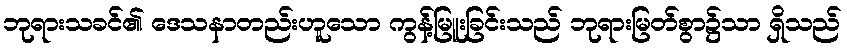
ဘုရားသခင်၏ ဒေသနာတည်းဟူသော ကွန့်မြူးခြင်းသည် ဘုရားမြတ်စွာ၌သာ ရှိသည်